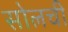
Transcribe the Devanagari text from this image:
सोलची